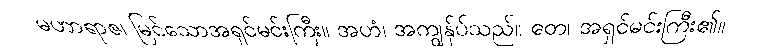
မဟာရာဇ၊ မြင်သောအရှင်မင်းကြီး။ အဟံ၊ အကျွန်ုပ်သည်။ တေ၊ အရှင်မင်းကြီး၏။